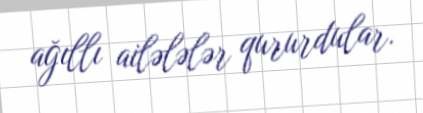
ağıllı ailələlər qururdular.